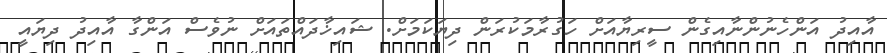
އާއިދު އަންހެނުންނާއިގެން ސީރިޔާއަށް ހަގުރާމަކުރަން ދިޔަކަމަށް. ޝައިޚާދައްތައަށް ނުވެސް އަންގާ އާއިދު ދިޔައީ